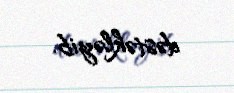
dəstəkləyib.